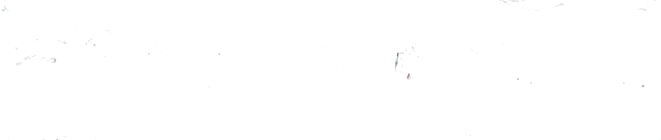
TryOurPizza